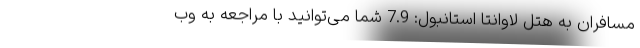
مسافران به هتل لاوانتا استانبول: 7.9 شما می‌توانید با مراجعه به وب